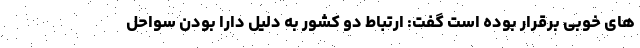
های خوبی برقرار بوده است گفت: ارتباط دو کشور به دلیل دارا بودن سواحل